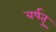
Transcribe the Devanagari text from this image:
वर्षतु